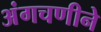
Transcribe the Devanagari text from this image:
अंगचणीने